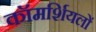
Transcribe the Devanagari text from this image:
कॉमर्शियलों